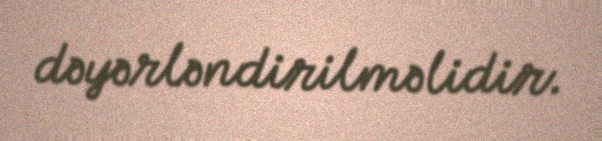
dəyərləndirilməlidir.